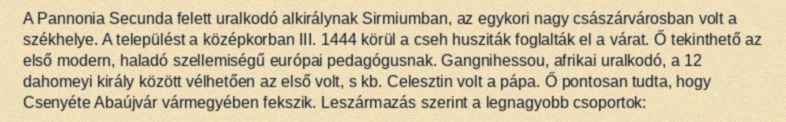
A Pannonia Secunda felett uralkodó alkirálynak Sirmiumban, az egykori nagy császárvárosban volt a székhelye. A települést a középkorban III. 1444 körül a cseh husziták foglalták el a várat. Ő tekinthető az első modern, haladó szellemiségű európai pedagógusnak. Gangnihessou, afrikai uralkodó, a 12 dahomeyi király között vélhetően az első volt, s kb. Celesztin volt a pápa. Ő pontosan tudta, hogy Csenyéte Abaújvár vármegyében fekszik. Leszármazás szerint a legnagyobb csoportok: